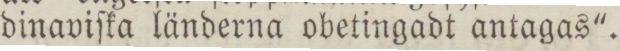
dinaviſka länderna obetingadt antagas'.